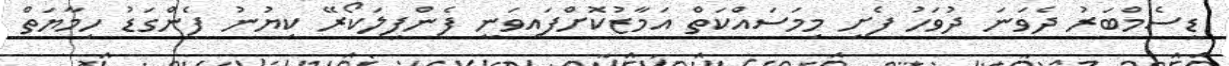
ޑިސެމްބަރު ދެވަނަ ދުވަހު ފެށި މިމަސައްކަތް އަމާޒުކޮށްފައިވަނީ ފެންފިލަކޯރޭ ކިޔުނު ފެންގަޑު ހިމާޔަތް